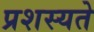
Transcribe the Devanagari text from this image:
प्रशस्यते